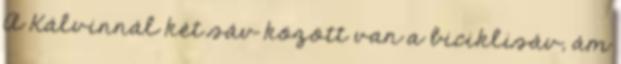
A Kálvinnál két sáv között van a biciklisáv, ám